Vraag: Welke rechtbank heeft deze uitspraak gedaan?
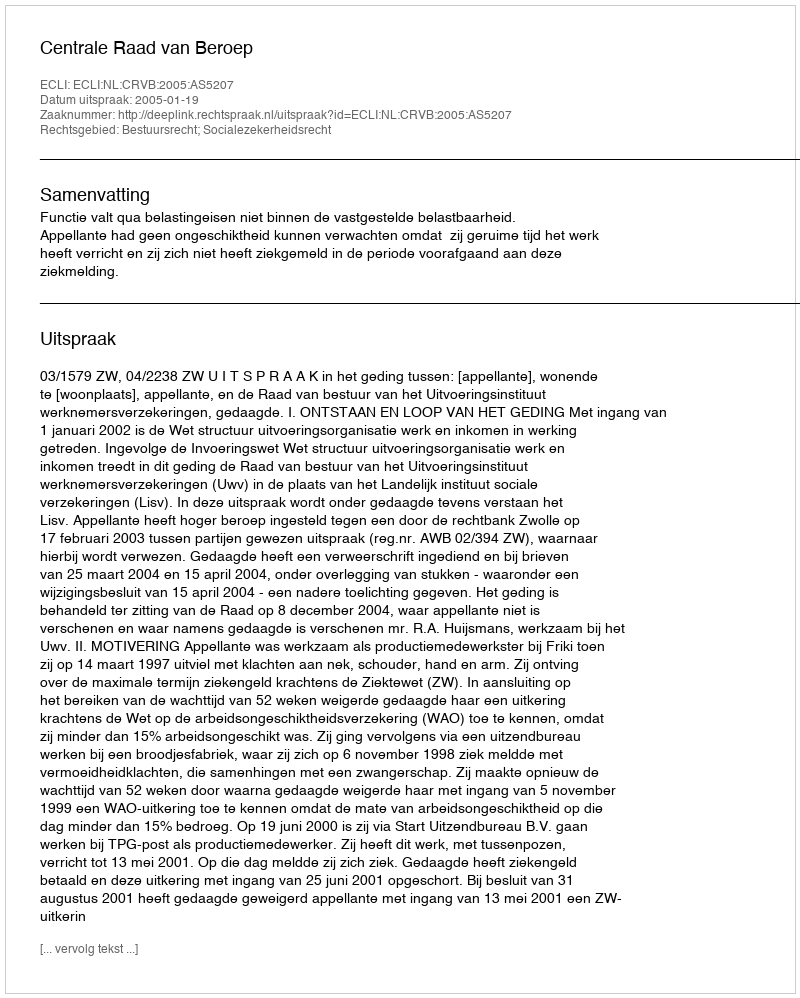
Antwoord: Centrale Raad van Beroep